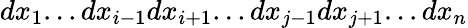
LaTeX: dx_{1}...dx_{i-1}dx_{i+1}...dx_{j-1}dx_{j+1}...dx_{n}